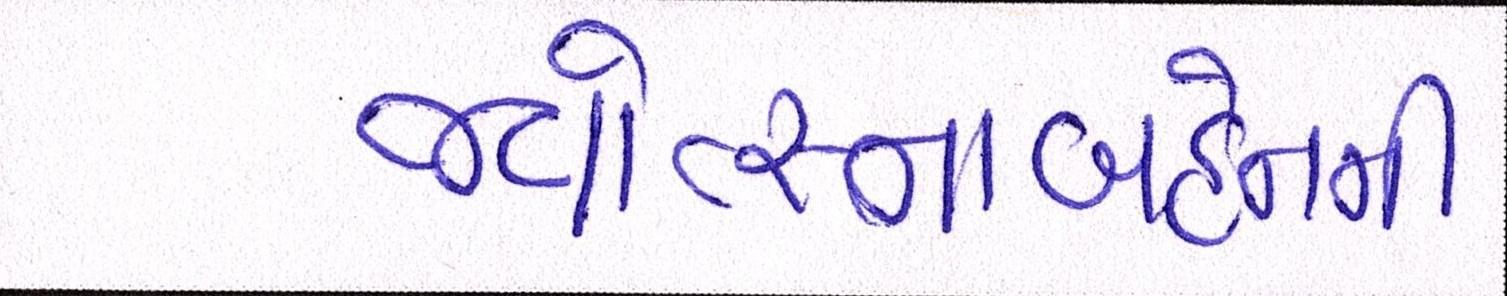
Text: જ્યોત્સ્નાબહેનની